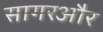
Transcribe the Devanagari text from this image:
सागरऔर